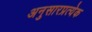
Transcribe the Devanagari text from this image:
अनुसारप्रत्येक